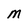
Character: M